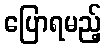
ပြောရမည့်